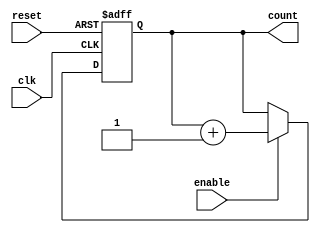
module up_counter_moore (
    input wire clk,        // Clock signal
    input wire reset,      // Asynchronous reset signal
    input wire enable,     // Enable signal
    output reg [2:0] count // 3-bit output for the counter
);

// State transition logic
always @(posedge clk or posedge reset) begin
    if (reset) begin
        count <= 3'b000; // Reset to 0
    end else if (enable) begin
        count <= count + 1; // Increment the counter
    end
end

endmodule